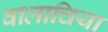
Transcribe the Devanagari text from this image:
वालाचिया